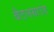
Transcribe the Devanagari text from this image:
बैटलग्राउंड